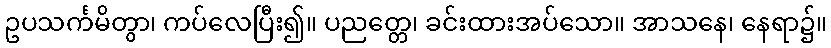
ဥပသင်္ကမိတွာ၊ ကပ်လေပြီး၍။ ပညတ္တေ၊ ခင်းထားအပ်သော။ အာသနေ၊ နေရာ၌။